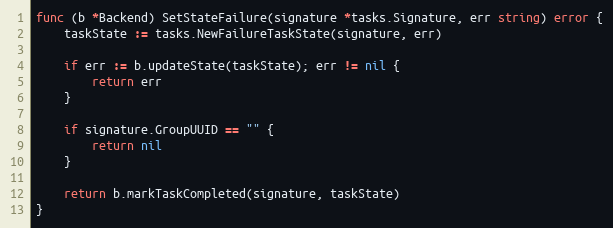
Language: Go
func (b *Backend) SetStateFailure(signature *tasks.Signature, err string) error {
	taskState := tasks.NewFailureTaskState(signature, err)

	if err := b.updateState(taskState); err != nil {
		return err
	}

	if signature.GroupUUID == "" {
		return nil
	}

	return b.markTaskCompleted(signature, taskState)
}